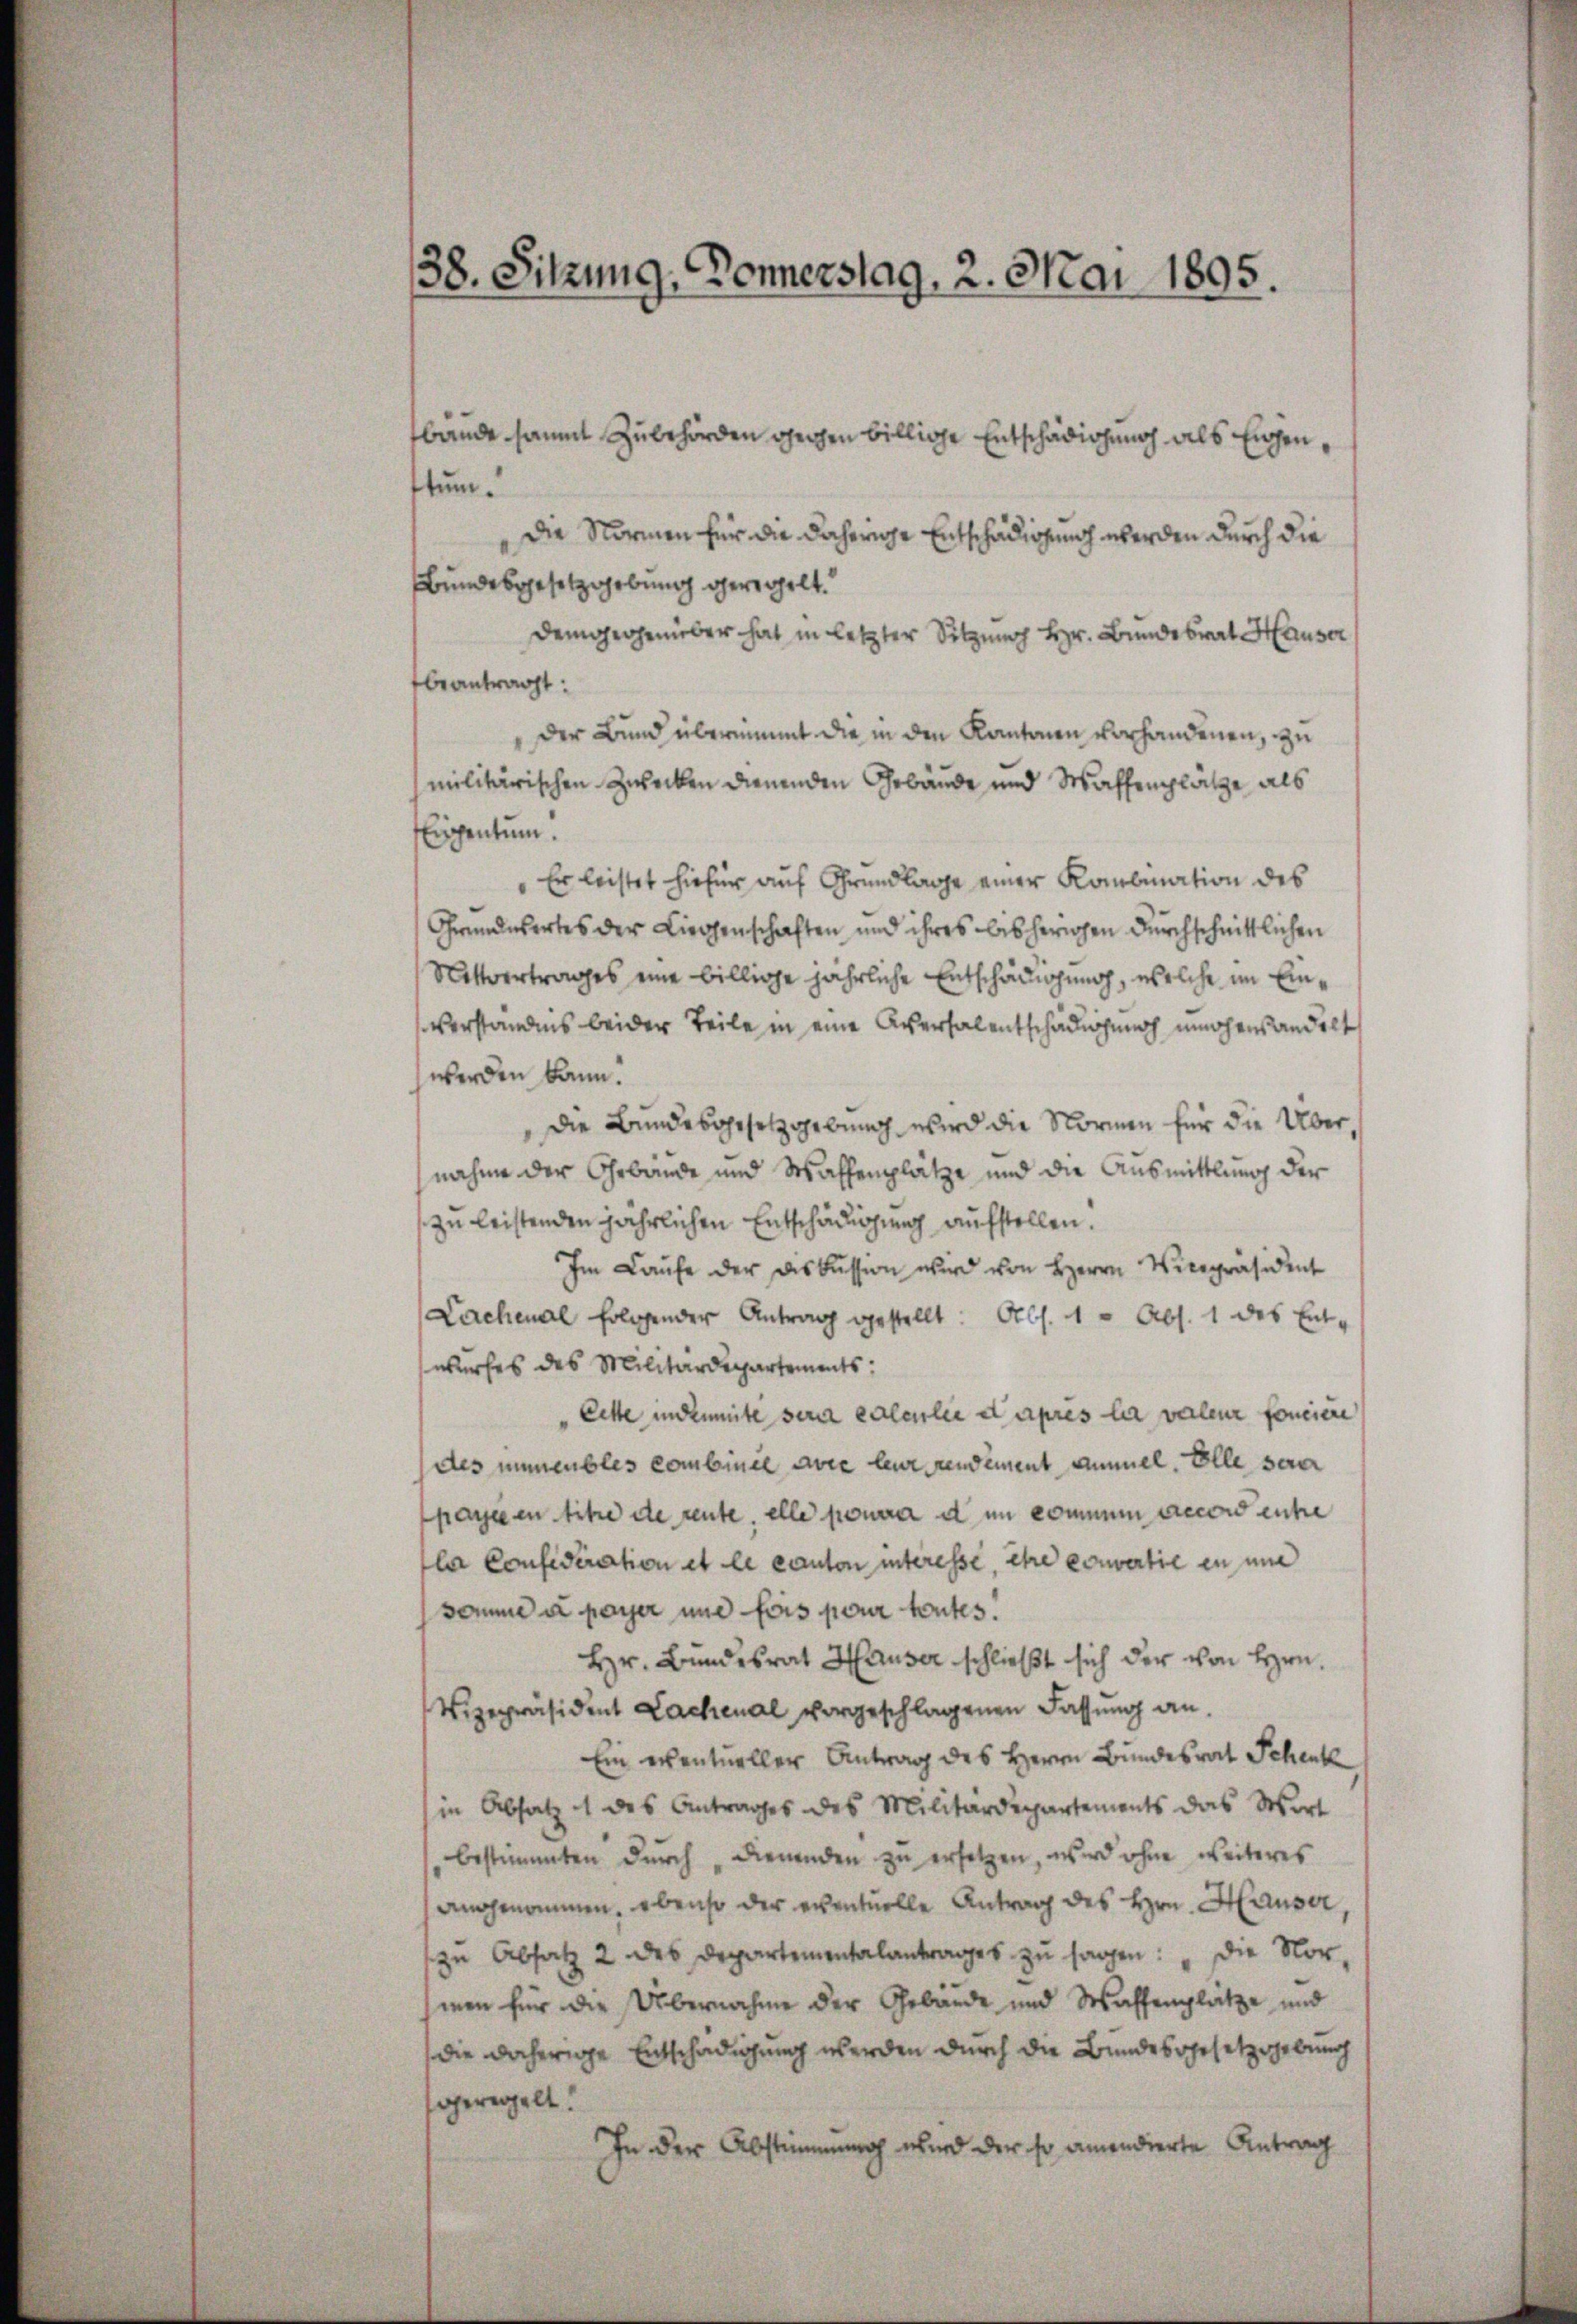
38. Sitzung, Donnerstag, 2. Mai 1895.

bände sammt Zubehörden gegen billige Entschädigung als Eigentum.
Die Normen für die daherige Entschädigung werden durch die
Bundesgesetzgebung geregelt.
demgegenüber hat in letzter Sitzung Hr. Bundesrat Hauser
beantragt:
Der Bund übernimmt die in den Kantonen vorhandenen, zu
militärischen Zwecken dienenden Gebäude und Waffenplätze, als
Eigentum.
Er leistet hiefür auf Grundlage einer Kombination des
Grundwertes der Liegenschaften und ihres bisherigen durchschnittlichen
Nittvertrages eine billige jährliche Entschädigung, welche im Einverständnis beider Teile in eine Aversalentschädigung umhersandelt
werden kann.
die Bundesgesetzgebung wird die Normen für die Übernahme der Gebäude und Waffenplätze und die Ausmittlung der
zu leistenden jährlichen Entschädigung aufstellen.
Im Laŭfe der Diskussion wird von Herrn Vicepräsident
Lachenal folgender Antrag gestellt: Abs. 1 u Abs. 1 des Ent-
wurfes des Militärdepartements:
Cette in deute sein calculie d’après la valeur fonciere
des immeubles combinel avre leur rendement ammel. Elle serer
parée en titre de reute, elle pourra d im kommen accord enhe
la Confideration et le canton interesse, ihre convertie in und
somme u payer und fois pour toutes.
Hr. Bundesrat Hauser schließt sich der von Hrn.
Vizepräsident Lachenal vorgeschlagenen Fassung an
Ein eventueller Antrag des Herrn Bundesrat Schenk
in Absatz 4 des Antrages des Militärdepartements das Wort
bestimmten dŭrch „dienenden zu ersetzen, wird ohne weiteres
angenommen, ebenso der eventuelle Antrag des Hrn. Häuser,
zu Absatz 2 des Departementalantrages zu sagen: „Die Nor-
men für die Übernahme der Gebäude und Waffenplätze und
die daherige Entschädigung werden durch die Bundesgesetzgebung
geregelt.
In der Abstimmung wird der so amendierte Antrag